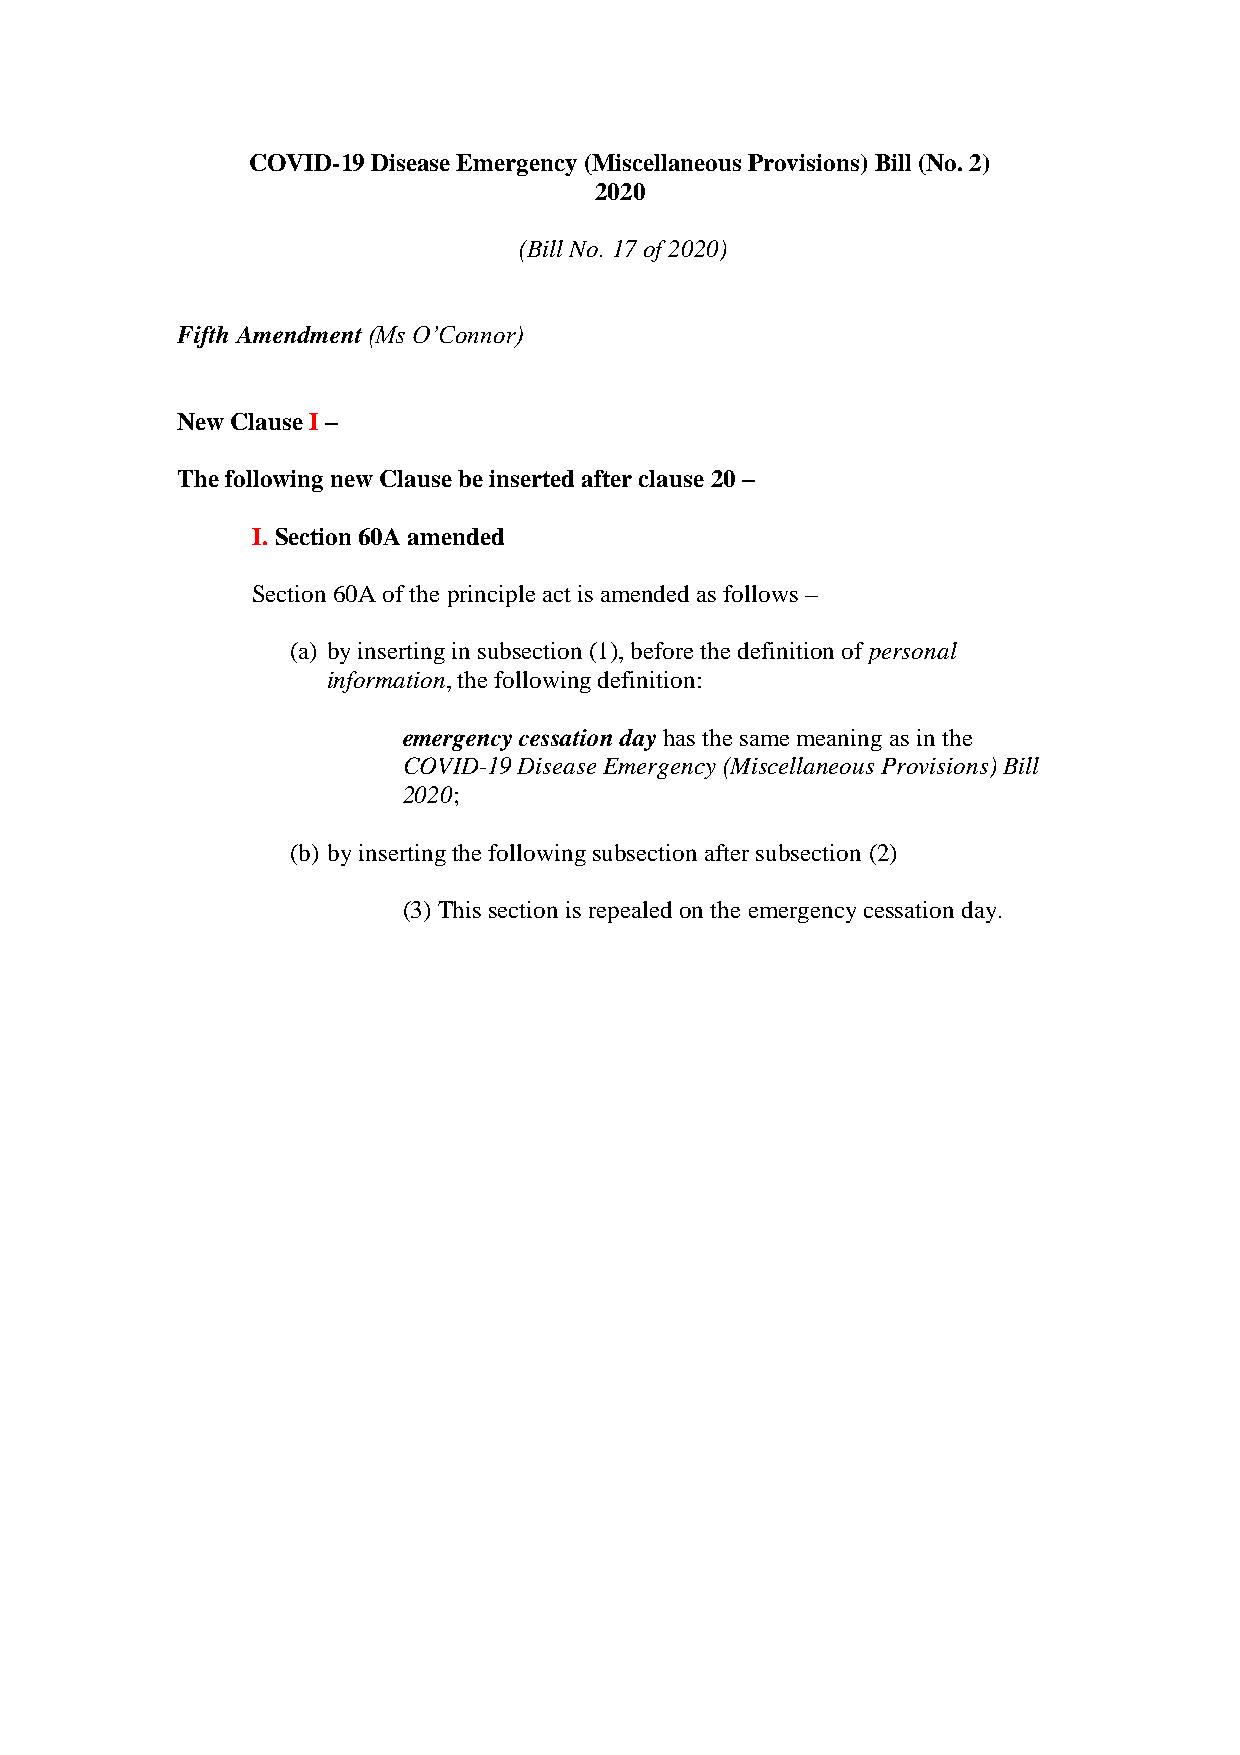
COVID-19 Disease Emergency (Miscellaneous Provisions) Bill (No. 2)
 2020
 (Bill No. 17 of 2020)
 Fifth Amendment (Ms O’Connor)
 New Clause I –
 The following new Clause be inserted after clause 20 –
 I. Section 60A amended
 Section 60A of the principle act is amended as follows –
 (a) by inserting in subsection (1), before the definition of personal
 information, the following definition:
 emergency cessation day has the same meaning as in the
 COVID-19 Disease Emergency (Miscellaneous Provisions) Bill
 2020;
 (b) by inserting the following subsection after subsection (2)
 (3) This section is repealed on the emergency cessation day.